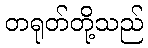
တရုတ်တို့သည်